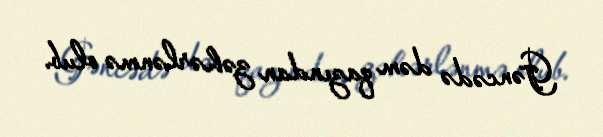
Gəncədə dəm qazından zəhərlənmə olub.